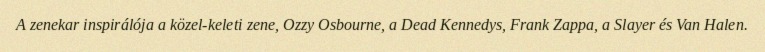
A zenekar inspirálója a közel-keleti zene, Ozzy Osbourne, a Dead Kennedys, Frank Zappa, a Slayer és Van Halen.